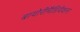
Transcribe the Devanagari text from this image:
बायोरीमैडियेशन